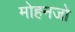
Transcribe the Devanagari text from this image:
मोहनजो